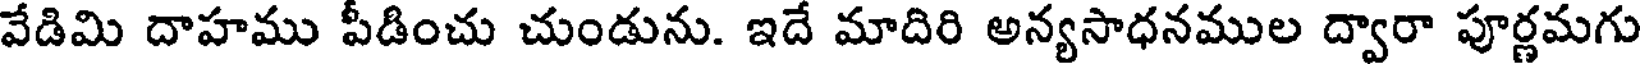
వేడిమి దాహము పీడించు చుండును. ఇదే మాదిరి అన్యసాధనముల ద్వారా పూర్ణమగు